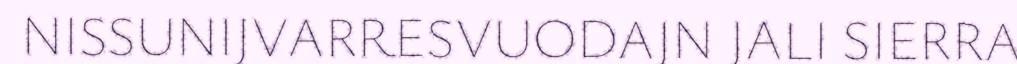
NISSUNIJVARRESVUODAJN JALI SIERRA